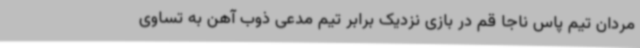
مردان تیم پاس ناجا قم در بازی نزدیک برابر تیم مدعی ذوب آهن به تساوی